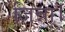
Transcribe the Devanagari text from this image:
जिन्ना।